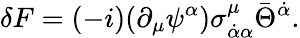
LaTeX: \delta F=(-i)(\partial_{\mu}\psi^{\alpha})\sigma_{\dot{\alpha}\alpha}^{\mu}\bar{\Theta}^{\dot{\alpha}}.